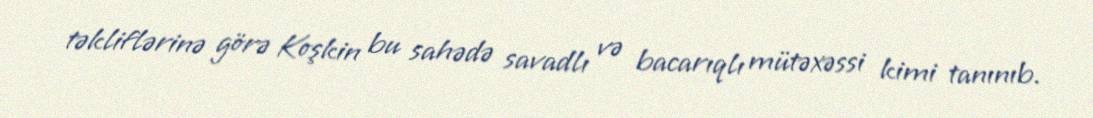
təkliflərinə görə Koşkin bu sahədə savadlı və bacarıqlı mütəxəssi kimi tanınıb.